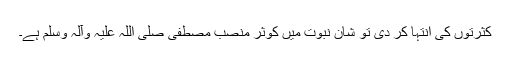
کثرتوں کی اِنتہا کر دی تو شانِ نبوت میں کوثر منصبِ مصطفیٰ صلی اللہ علیہ وآلہ وسلم ہے۔